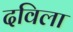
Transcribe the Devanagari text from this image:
दविला